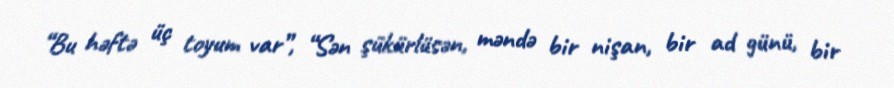
“Bu həftə üç toyum var”, “Sən şükürlüsən, məndə bir nişan, bir ad günü, bir